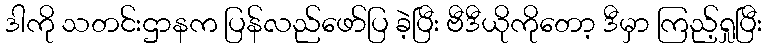
ဒါကို သတင်းဌာနက ပြန်လည်ဖော်ပြ ခဲ့ပြီး ဗီဒီယိုကိုတော့ ဒီမှာ ကြည့်ရှုပြီး